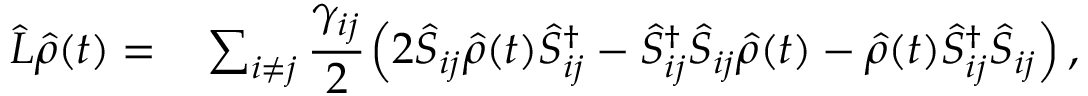
\begin{array} { r l } { \hat { L } \hat { \rho } ( t ) = } & { { } \sum _ { i \neq j } \cfrac { \gamma _ { i j } } { 2 } \left( 2 \hat { S } _ { i j } \hat { \rho } ( t ) \hat { S } _ { i j } ^ { \dagger } - \hat { S } _ { i j } ^ { \dagger } \hat { S } _ { i j } \hat { \rho } ( t ) - \hat { \rho } ( t ) \hat { S } _ { i j } ^ { \dagger } \hat { S } _ { i j } \right) , } \end{array}